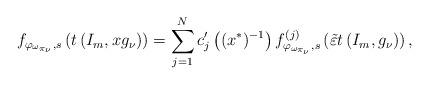
LaTeX: \begin{align*}f_{\varphi_{\omega_{\pi_{\nu}}},s} \left( t\left(I_m,xg_\nu\right)\right)=\sum_{j=1}^{N} c^\prime_{j}\left((x^*)^{-1}\right)f^{(j)}_{\varphi_{\omega_{\pi_{\nu}}},s}\left(\tilde{\varepsilon} t\left(I_m,g_\nu\right)\right),\end{align*}